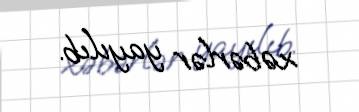
xəbərlər yayılıb.